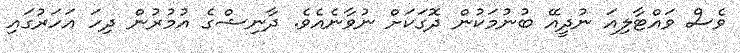
ވެސް ވައްޓާލިއަ ނުދީއޭޭ ބުނުމަކުން ދޮގަކަށް ނުވާނެއެވެ. ދާނިޝްގެ އުމުރުން ދިހަ އަހަރުގައި